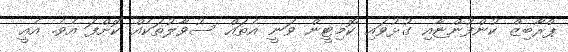
ޕްރޯބިޒް ކުންފުންޏާއި ގުޅުވައި ކޮމިޓީން ވަނީ އެތައް ސުވާލުތަކެއް ކޮށްފަ އެވެ. އެއީ